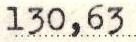
130,63